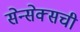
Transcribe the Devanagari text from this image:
सेन्सेक्सची